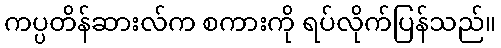
ကပ္ပတိန်ဆားလ်က စကားကို ရပ်လိုက်ပြန်သည်။